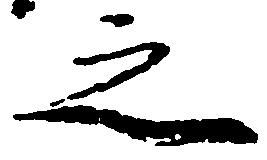
之